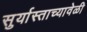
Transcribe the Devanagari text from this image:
सुर्यास्ताच्यावेळी